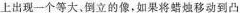
烛放在凸透镜前某-位置。在凸透镜后20cm的光屏